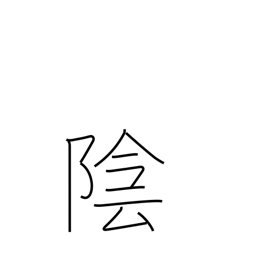
Meaning: negative